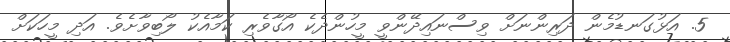
5. އަޅުގަނޑުމެން ދަރިންނަށް ވިސްނައިދޭންވީ މީހުންދެކެ އޯގާވެރި ކަމާއެކު ލޯބިވާށެވެ. އަދި މީހަކަށް